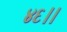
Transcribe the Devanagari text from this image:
४६।।